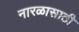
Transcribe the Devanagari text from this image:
नारळासाठी